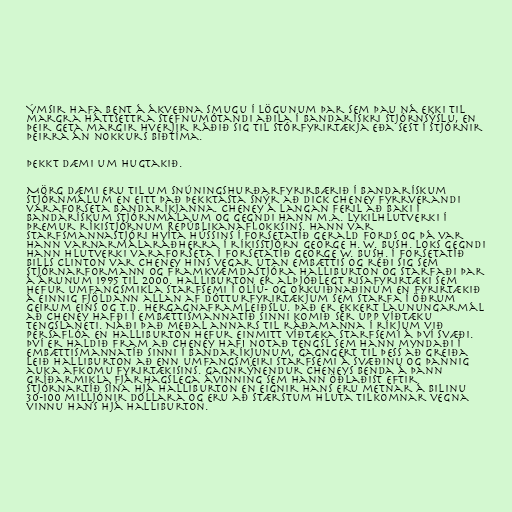
Ýmsir hafa bent á ákveðna smugu í lögunum þar sem þau ná ekki til
margra háttsettra stefnumótandi aðila í bandarískri stjórnsýslu, en
þeir geta margir hverjir ráðið sig til stórfyrirtækja eða sest í stjórnir
þeirra án nokkurs biðtíma.

Þekkt dæmi um hugtakið.

Mörg dæmi eru til um snúningshurðarfyrirbærið í bandarískum
stjórnmálum en eitt það þekktasta snýr að Dick Cheney fyrrverandi
varaforseta Bandaríkjanna. Cheney á langan feril að baki í
bandarískum stjórnmálaum og gegndi hann m.a. lykilhlutverki í
þremur ríkistjórnum Repúblikanaflokksins. Hann var
starfsmannastjóri Hvíta hússins í forsetatíð Gerald Fords og þá var
hann varnarmálaráðherra í ríkisstjórn George H. W. Bush. Loks gegndi
hann hlutverki varaforseta í forsetatíð George W. Bush. Í forsetatíð
Bills Clinton var Cheney hins vegar utan embættis og réði sig sem
stjórnarformann og framkvæmdastjóra Halliburton og starfaði þar
á árunum 1995 til 2000. Halliburton er alþjóðlegt risafyrirtæki sem
hefur umfangsmikla starfsemi í olíu- og orkuiðnaðinum en fyrirtækið
á einnig fjöldann allan af dótturfyrirtækjum sem starfa í öðrum
geirum eins og t.d. hergagnaframleiðslu. Það er ekkert launungarmál
að Cheney hafði í embættismannatíð sinni komið sér upp víðtæku
tengslaneti. Náði það meðal annars til ráðamanna í ríkjum við
Persaflóa en Halliburton hefur einmitt víðtæka starfsemi á því svæði.
Því er haldið fram að Cheney hafi notað tengsl sem hann myndaði í
embættismannatíð sinni í Bandaríkjunum, gagngert til þess að greiða
leið Halliburton að enn umfangsmeiri starfsemi á svæðinu og þannig
auka afkomu fyrirtækisins. Gagnrýnendur Cheneys benda á þann
gríðarmikla fjárhagslega ávinning sem hann öðlaðist eftir
stjórnartíð sína hjá Halliburton en eignir hans eru metnar á bilinu
30-100 milljónir dollara og eru að stærstum hluta tilkomnar vegna
vinnu hans hjá Halliburton.